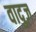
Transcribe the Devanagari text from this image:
वादुज़